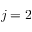
j = 2